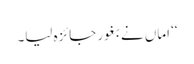
‘‘ اماں نے بغور جائزہ لیا۔